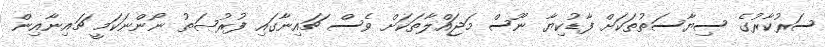
ސަރުކާރުގެ ސިޔާސަތުތަކަށް ފާޑުކިޔާ ނޫސް މަޖައްލާތަކަށް ވެސް ޗައިނާގައި ފުރުޞަތު ނޯންނަކަމީ ޗައިނާއިން